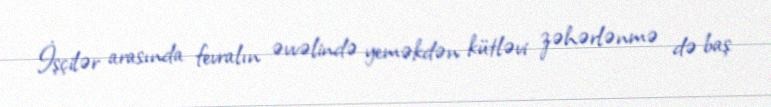
İşçilər arasında fevralın əvvəlində yeməkdən kütləvi zəhərlənmə də baş